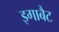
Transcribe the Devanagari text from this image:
इगाबैट